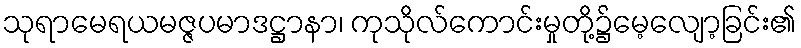
သုရာမေရယမဇ္ဇပမာဒဋ္ဌာနာ၊ ကုသိုလ်ကောင်းမှုတို့၌မေ့လျော့ခြင်း၏